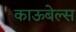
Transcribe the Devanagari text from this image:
काऊबेल्स